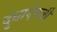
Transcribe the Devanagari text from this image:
दुधाऐवजी